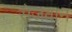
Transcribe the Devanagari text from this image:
सेजवान